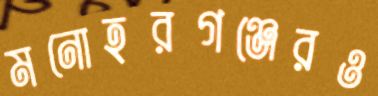
মনোহরগঞ্জেরও